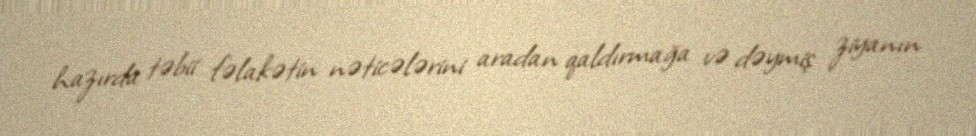
hazırda təbii fəlakətin nəticələrini aradan qaldırmağa və dəymiş ziyanın